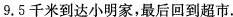
9.5千米到达小明家，最后回到超市.